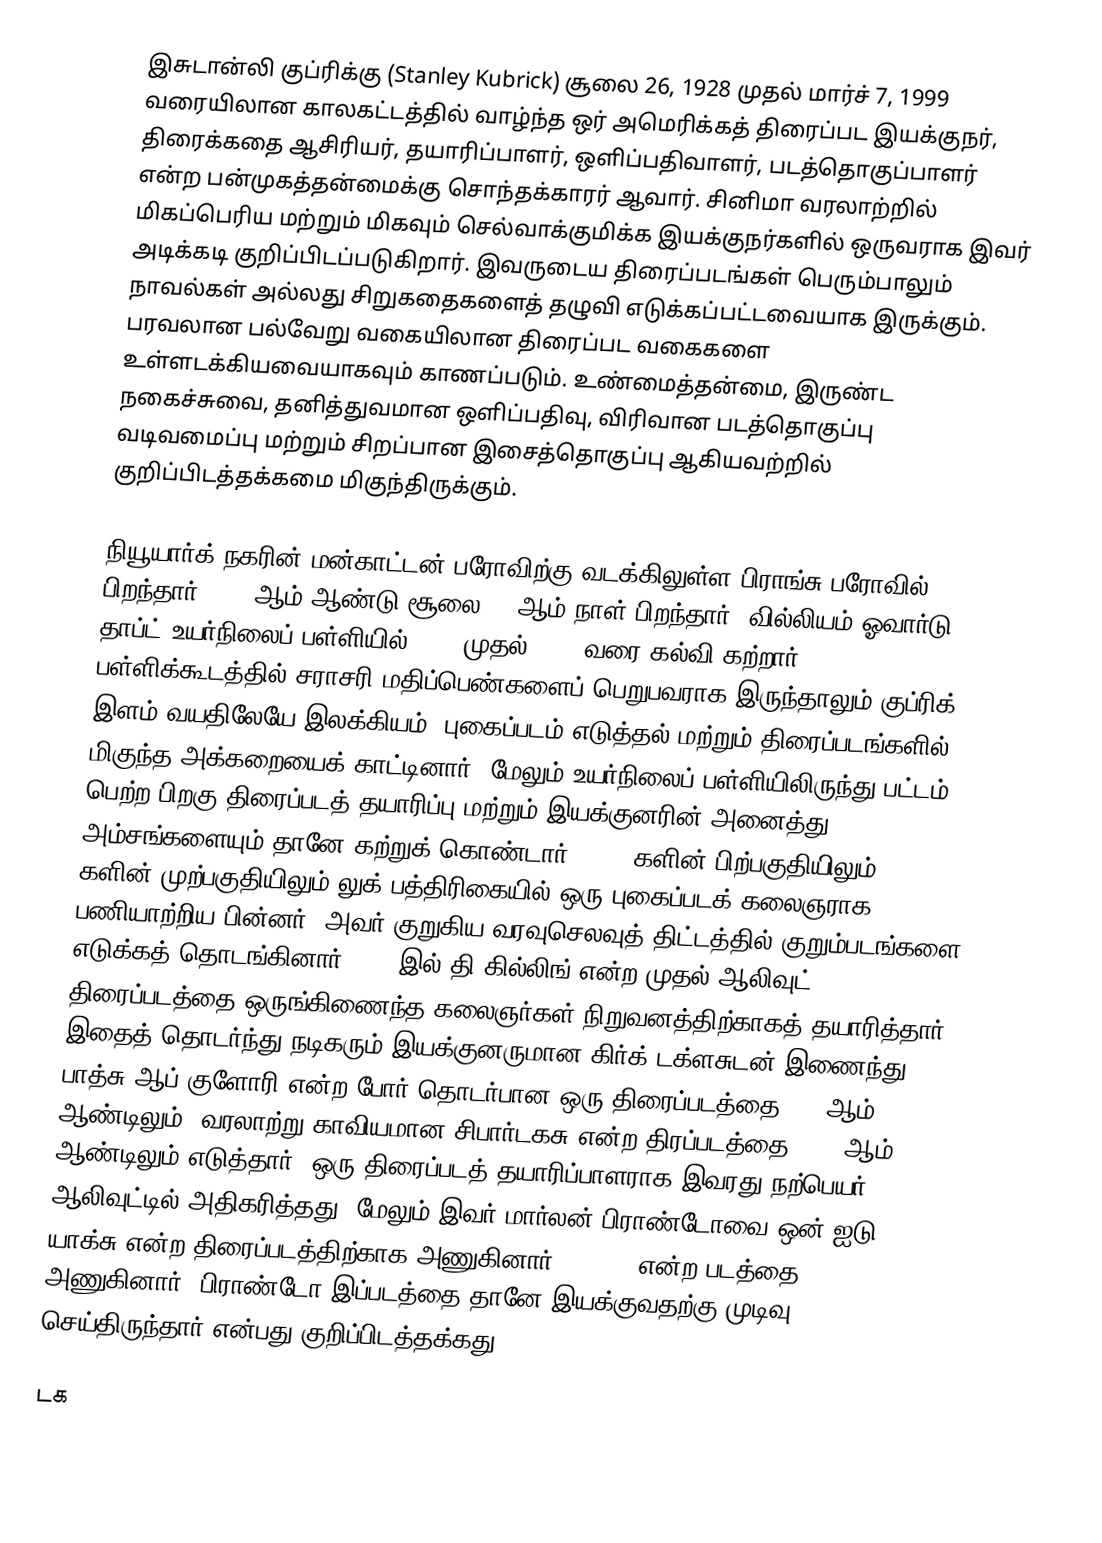
இசுடான்லி குப்ரிக்கு (Stanley Kubrick) சூலை 26, 1928 முதல்  மார்ச் 7, 1999 வரையிலான காலகட்டத்தில் வாழ்ந்த ஒர்  அமெரிக்கத் திரைப்பட இயக்குநர், திரைக்கதை ஆசிரியர்,  தயாரிப்பாளர், ஒளிப்பதிவாளர், படத்தொகுப்பாளர் என்ற பன்முகத்தன்மைக்கு சொந்தக்காரர் ஆவார்.  சினிமா வரலாற்றில் மிகப்பெரிய மற்றும் மிகவும் செல்வாக்குமிக்க இயக்குநர்களில் ஒருவராக இவர் அடிக்கடி குறிப்பிடப்படுகிறார். இவருடைய திரைப்படங்கள் பெரும்பாலும் நாவல்கள் அல்லது சிறுகதைகளைத் தழுவி எடுக்கப்பட்டவையாக இருக்கும். பரவலான பல்வேறு வகையிலான திரைப்பட வகைகளை உள்ளடக்கியவையாகவும் காணப்படும்.  உண்மைத்தன்மை, இருண்ட நகைச்சுவை, தனித்துவமான ஒளிப்பதிவு, விரிவான படத்தொகுப்பு வடிவமைப்பு மற்றும் சிறப்பான இசைத்தொகுப்பு ஆகியவற்றில் குறிப்பிடத்தக்கமை மிகுந்திருக்கும்.

நியூயார்க் நகரின் மன்காட்டன் பரோவிற்கு வடக்கிலுள்ள பிராங்சு பரோவில் பிறந்தார் 1928 ஆம் ஆண்டு சூலை 26 ஆம் நாள் பிறந்தார். வில்லியம் ஓவார்டு தாப்ட் உயர்நிலைப் பள்ளியில் 1941 முதல் 1945 வரை கல்வி கற்றார். பள்ளிக்கூடத்தில் சராசரி மதிப்பெண்களைப்  பெறுபவராக இருந்தாலும் குப்ரிக் இளம் வயதிலேயே இலக்கியம், புகைப்படம் எடுத்தல் மற்றும் திரைப்படங்களில் மிகுந்த அக்கறையைக் காட்டினார், மேலும் உயர்நிலைப் பள்ளியிலிருந்து பட்டம் பெற்ற பிறகு திரைப்படத் தயாரிப்பு மற்றும் இயக்குனரின் அனைத்து அம்சங்களையும் தானே கற்றுக் கொண்டார். 1940 களின் பிற்பகுதியிலும் 1950 களின் முற்பகுதியிலும் லுக் பத்திரிகையில் ஒரு புகைப்படக் கலைஞராக பணியாற்றிய பின்னர், அவர் குறுகிய வரவுசெலவுத் திட்டத்தில் குறும்படங்களை எடுக்கத் தொடங்கினார்.1956 இல் தி கில்லிங் என்ற முதல் ஆலிவுட் திரைப்படத்தை ஒருங்கிணைந்த கலைஞர்கள் நிறுவனத்திற்காகத் தயாரித்தார். இதைத் தொடர்ந்து நடிகரும் இயக்குனருமான  கிர்க் டக்ளசுடன் இணைந்து பாத்சு ஆப் குளோரி என்ற போர் தொடர்பான ஒரு திரைப்படத்தை1957 ஆம் ஆண்டிலும், வரலாற்று காவியமான  சிபார்டகசு என்ற திரப்படத்தை 1960 ஆம் ஆண்டிலும் எடுத்தார். ஒரு திரைப்படத் தயாரிப்பாளராக இவரது நற்பெயர் ஆலிவுட்டில் அதிகரித்தது, மேலும் இவர் மார்லன் பிராண்டோவை ஒன்-ஐடு யாக்சு என்ற திரைப்படத்திற்காக அணுகினார். (1961) என்ற படத்தை அணுகினார், பிராண்டோ இப்படத்தை தானே இயக்குவதற்கு முடிவு செய்திருந்தார் என்பது குறிப்பிடத்தக்கது.

டக